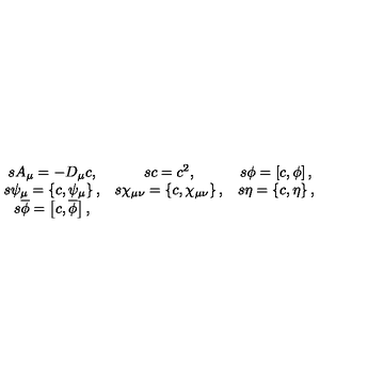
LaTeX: \begin{array} { c c c } { s A _ { \mu } = - D _ { \mu } c , } & { s c = c ^ { 2 } , } & { s \phi = \left[ c , \phi \right] , } \\ { s \psi _ { \mu } = \left\{ c , \psi _ { \mu } \right\} , } & { s \chi _ { \mu \nu } = \left\{ c , \chi _ { \mu \nu } \right\} , } & { s \eta = \left\{ c , \eta \right\} , } \\ { s \overline { { \phi } } = \left[ c , \overline { { \phi } } \right] , } & { } & { } \\ \end{array}